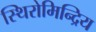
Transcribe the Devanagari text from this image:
स्थिरोमिन्द्रिय